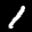
Label: 1